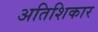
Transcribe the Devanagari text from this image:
अतिशिकार